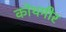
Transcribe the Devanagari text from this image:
कोथमीर